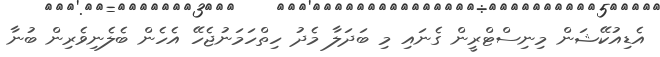
އެޑިއުކޭޝަން މިނިސްޓްރީން ގެނައި މި ބަދަލާ މެދު ހިތްހަމަނުޖެހޭ އެހެން ބެލެނިވެރިން ބުނާ